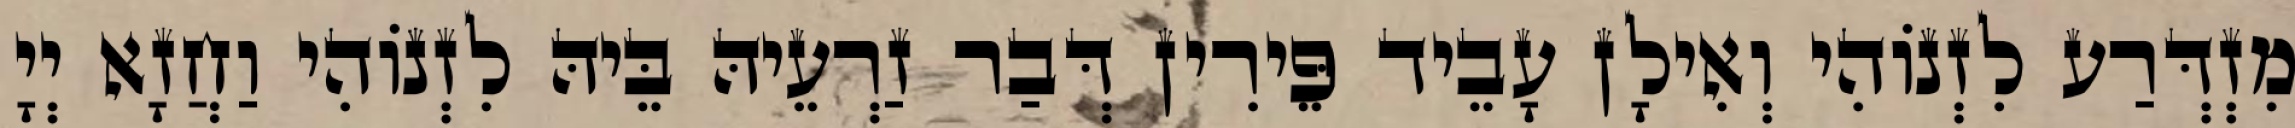
מִזְדְּרַע לִזְנוֹהִי וְאִילָן עָבֵיד פֵּירִין דְּבַר זַרְעֵיהּ בֵּיהּ לִזְנוֹהִי וַחֲזָא יְיָ